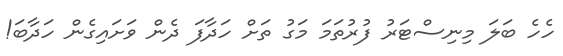
ހެހެ ބަލަ މިނިސްޓަރު ފުރުތަމަ މަގު ތަށް ހަދާފަ ދެން ވަށައިގެން ހަދާބަ!